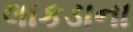
લાકડાના